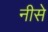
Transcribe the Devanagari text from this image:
नीसे